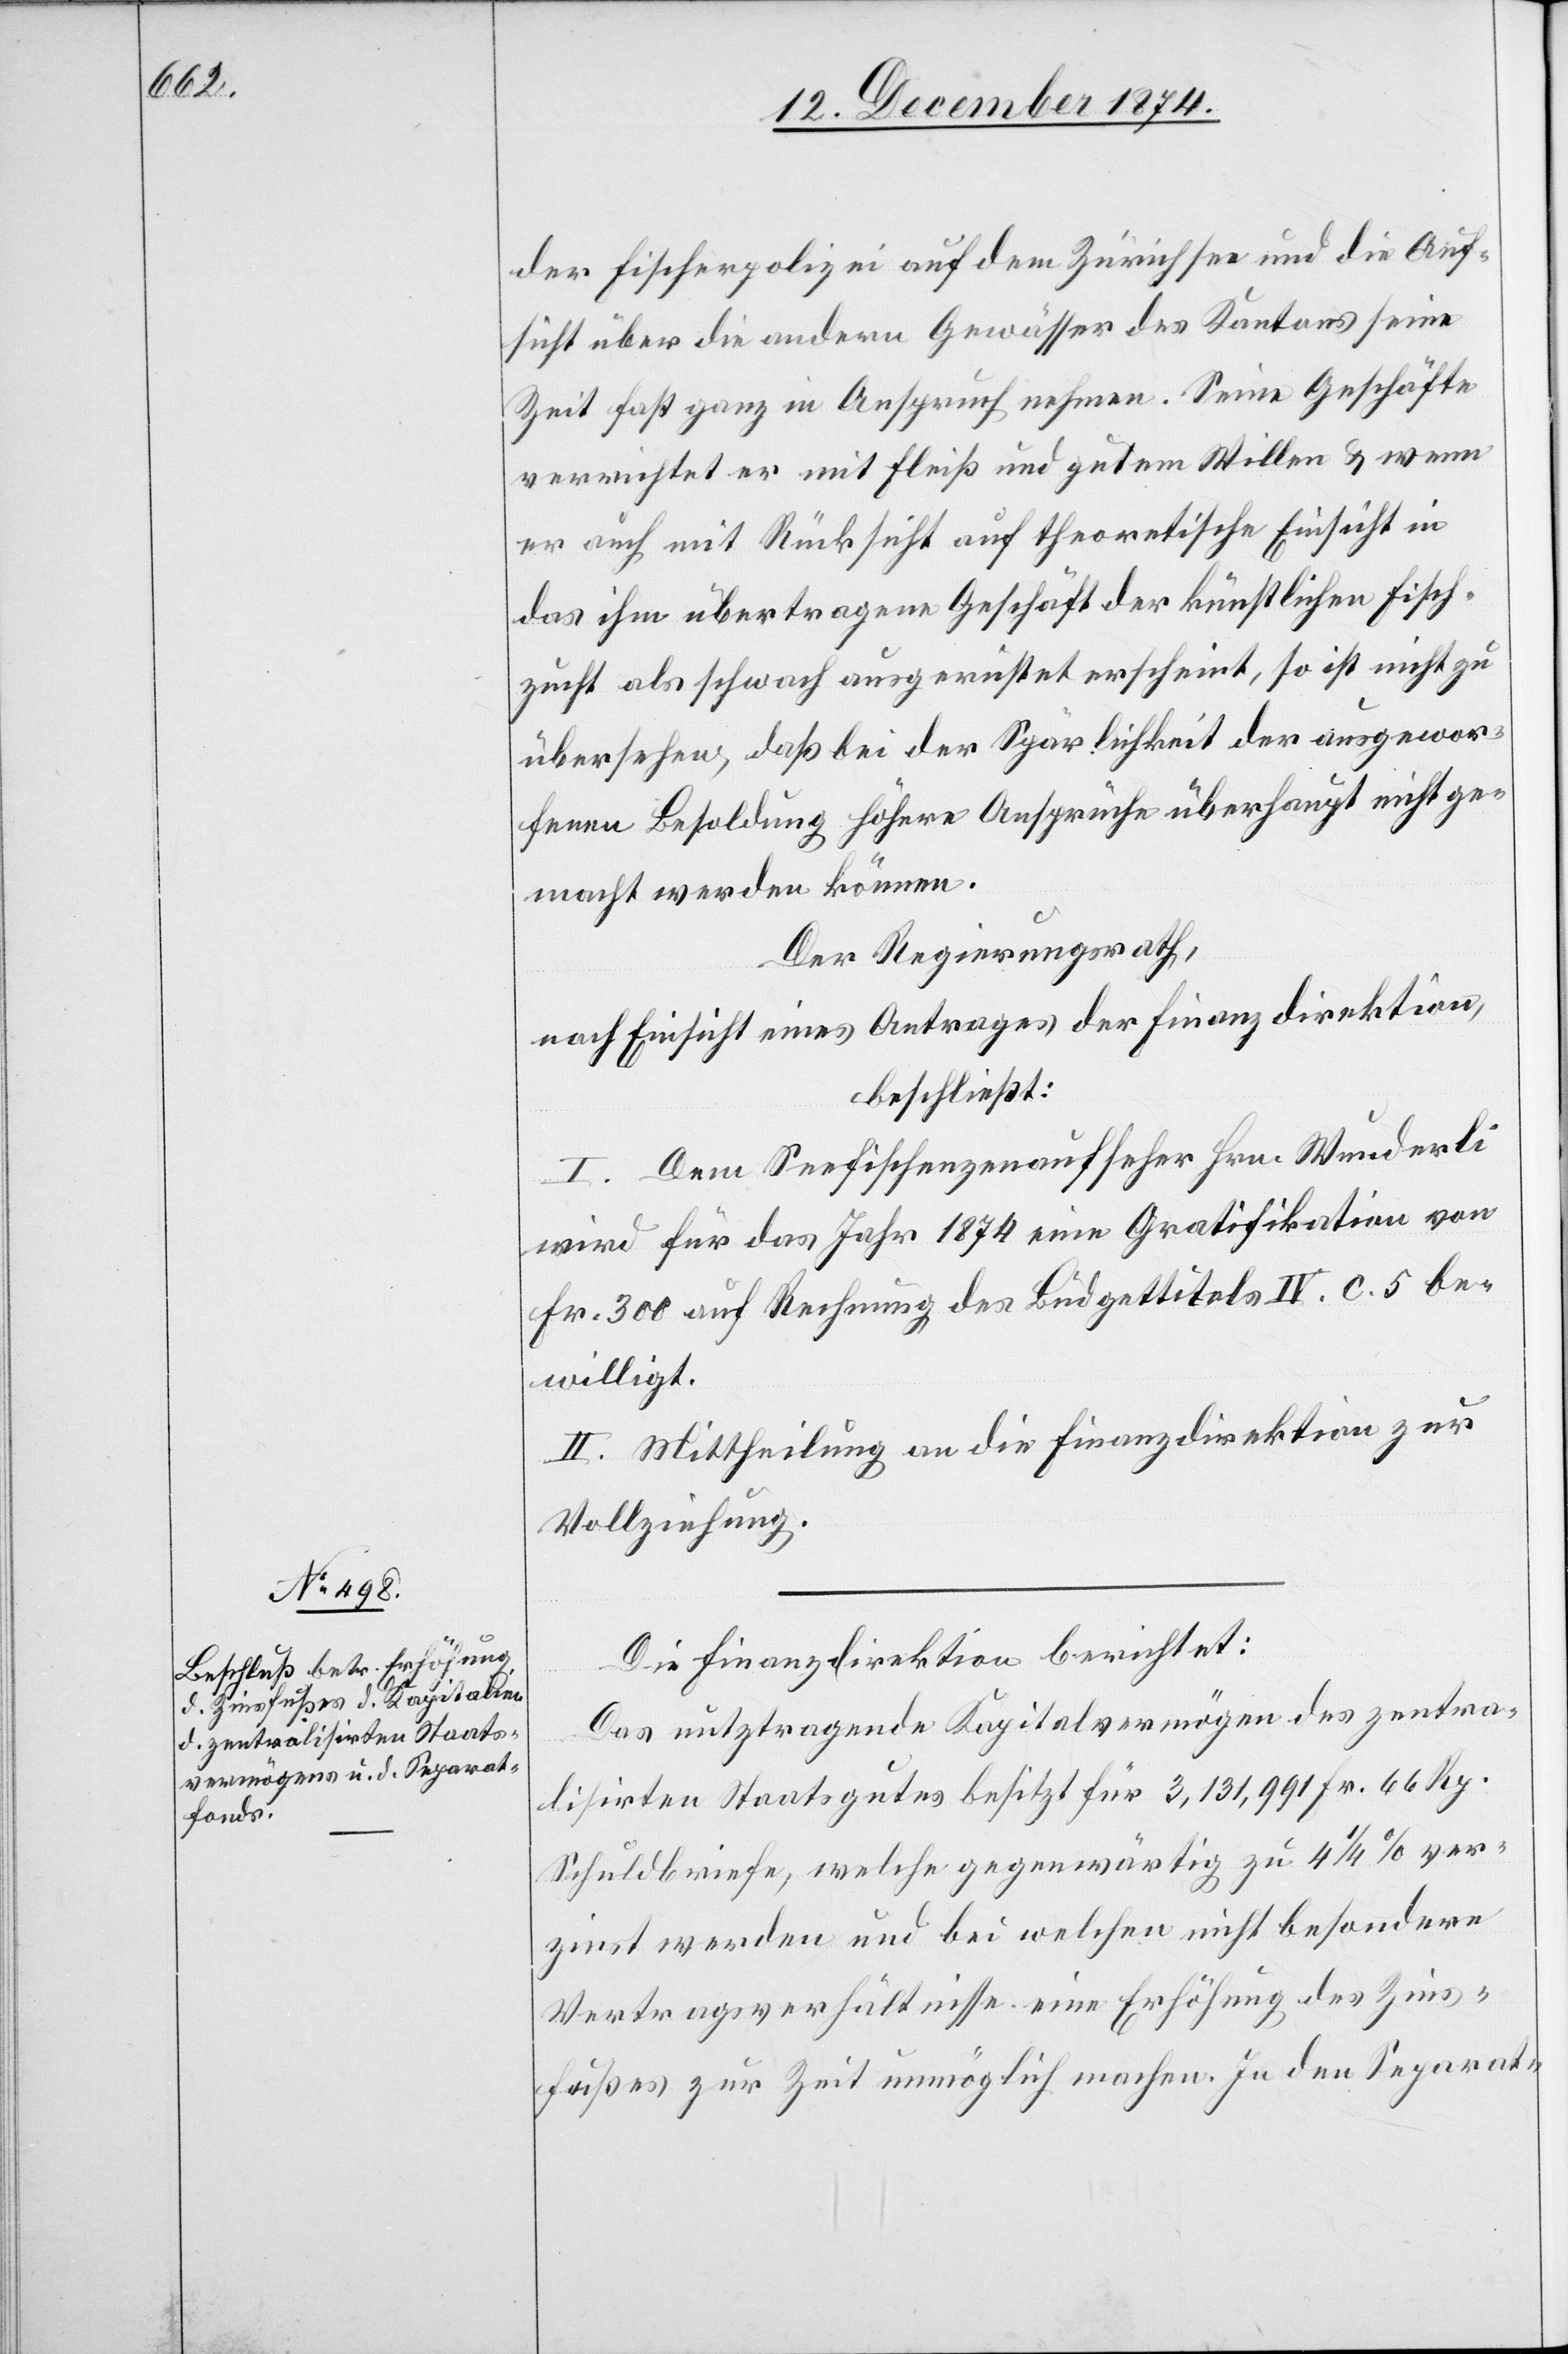
der Fischerpolizei auf dem Zürichsee und die Auf¬
sicht über die andern Gewässer des Kantons seine
Zeit fast ganz in Anspruch nehmen. Seine Geschäfte
verrichtet er mit Fleiß und gutem Willen & wenn
er auch mit Rücksicht auf theoretische Einsicht in
das ihm übertragene Geschäft der künstlichen Fisch¬
zucht als schwach ausgerüstet erscheint, so ist nicht zu
übersehen, daß bei der Spärlichkeit der ausgewor¬
fenen Besoldung höhere Ansprüche überhaupt nicht ge¬
macht werden können.
Der Regierungsrath,
nach Einsicht eines Antrages der Finanzdirektion,
beschließt:
I. Dem Seefischenzenaufseher Hrn. Wunderli
wird für das Jahr 1874 eine Gratifikation von
Fr. 300 auf Rechnung des Büdgettitels IV. c 5. be¬
willigt.
II. Mittheilung an die Finanzdirektion zur
Vollziehung.
Die Finanzdirektion berichtet:
Das nutztragende Kapitalvermögen des zentra¬
lisirten Staatsgutes besitzt für 3,131,991 Fr. 66 Rp.
Schuldbriefe, welche gegenwärtig zu 4 1/4% ver¬
zinst werden und bei welchen nicht besondere
Vertragsverhältnisse eine Erhöhung des Zins¬
fußes zur Zeit unmöglich machen. In den Separat-